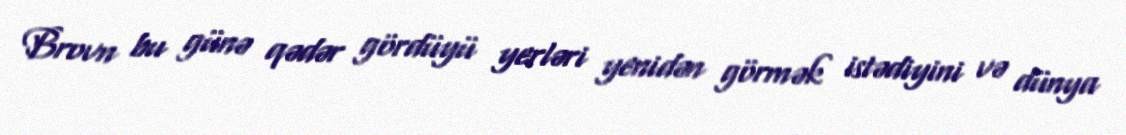
Brovn bu günə qədər gördüyü yerləri yenidən görmək istədiyini və dünya